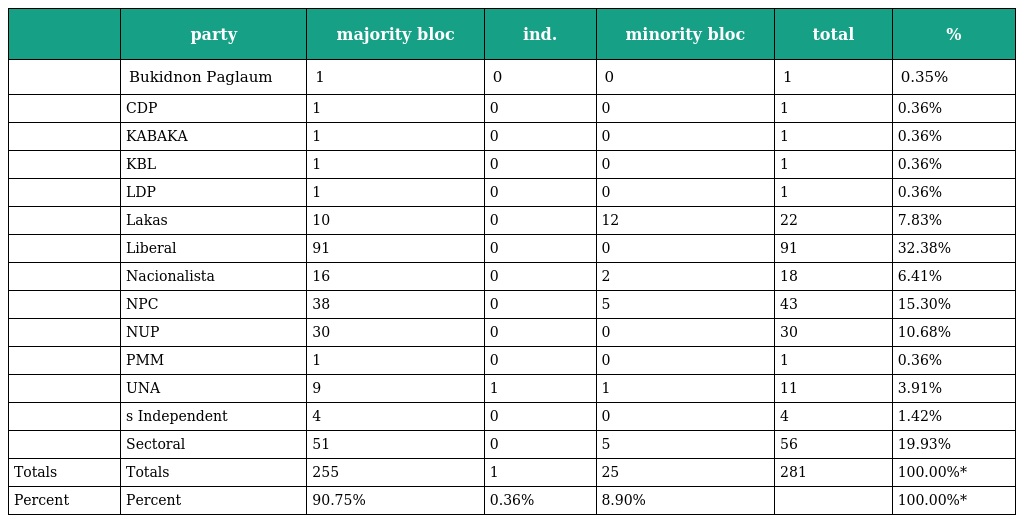
|  | party | majority bloc | ind. | minority bloc | total | % |
 | --- | --- | --- | --- | --- | --- | --- |
 |  | Bukidnon Paglaum | 1 | 0 | 0 | 1 | 0.35% |
 |  | CDP | 1 | 0 | 0 | 1 | 0.36% |
 |  | KABAKA | 1 | 0 | 0 | 1 | 0.36% |
 |  | KBL | 1 | 0 | 0 | 1 | 0.36% |
 |  | LDP | 1 | 0 | 0 | 1 | 0.36% |
 |  | Lakas | 10 | 0 | 12 | 22 | 7.83% |
 |  | Liberal | 91 | 0 | 0 | 91 | 32.38% |
 |  | Nacionalista | 16 | 0 | 2 | 18 | 6.41% |
 |  | NPC | 38 | 0 | 5 | 43 | 15.30% |
 |  | NUP | 30 | 0 | 0 | 30 | 10.68% |
 |  | PMM | 1 | 0 | 0 | 1 | 0.36% |
 |  | UNA | 9 | 1 | 1 | 11 | 3.91% |
 |  | s Independent | 4 | 0 | 0 | 4 | 1.42% |
 |  | Sectoral | 51 | 0 | 5 | 56 | 19.93% |
 | Totals | Totals | 255 | 1 | 25 | 281 | 100.00%* |
 | Percent | Percent | 90.75% | 0.36% | 8.90% |  | 100.00%* |